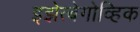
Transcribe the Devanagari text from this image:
इझेत्बेगोव्हिक